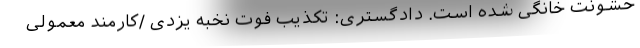
خشونت خانگی شده است. دادگستری: تکذیب فوت نخبه یزدی /کارمند معمولی